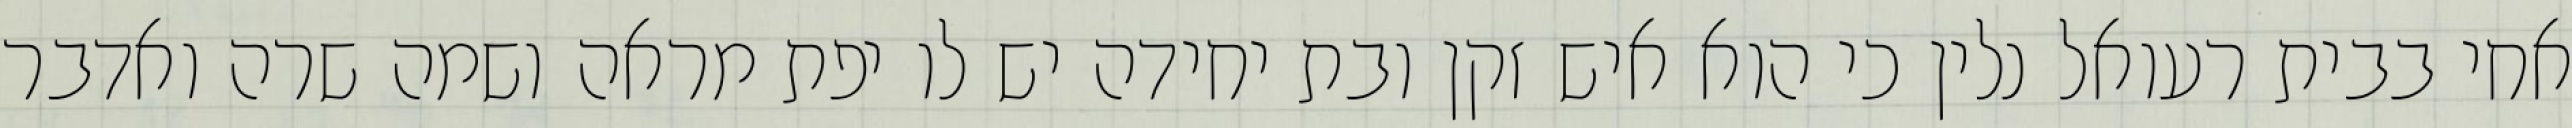
אחי בבית רעואל נלין כי הוא איש זקן ובת יחידה יש לו יפת מראה ושמה שרה ואדבר